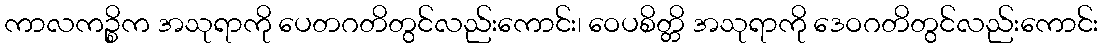
ကာလကဉ္စိက အသုရာကို ပေတဂတိတွင်လည်းကောင်း၊ ဝေပစိတ္တိ အသုရာကို ဒေဝဂတိတွင်လည်းကောင်း